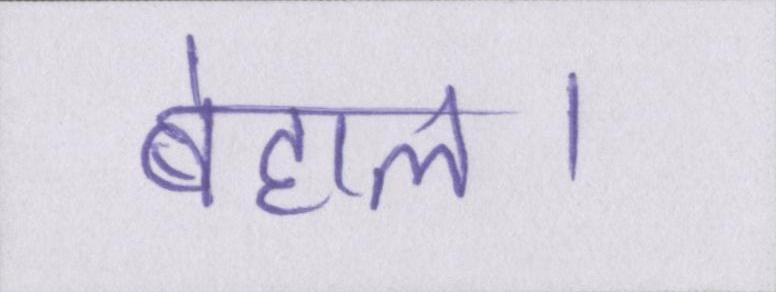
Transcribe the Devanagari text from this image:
बेहाल।